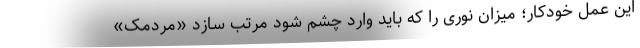
این عمل خودکار؛ میزان نوری را که باید وارد چشم شود مرتب سازد «مردمک»